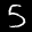
Label: 5